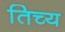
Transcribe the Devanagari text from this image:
तिच्य